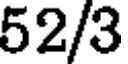
52/3